Vaccination in Burma 1912-1922 - 1912-1922
Year: 1912
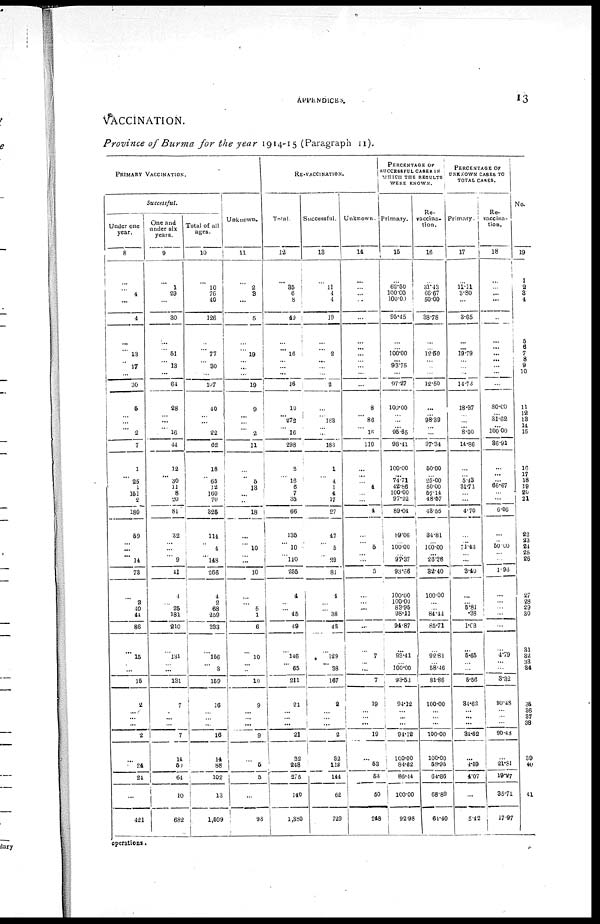
APPENDICES.
13
VACCINATION.
Province of Burma for the year 1914-15 (Paragraph 11).
PRIMARY VACCINATION.
Successful.
Under one
year.
8
...
...
4
...
4
...
...
13
...
17
...
30
5
...
...
...
2
7
1
...
...
1
151
2
180
59
... ...
...
14
73
...
2
10
41
86
...
15
...
...
15
2
...
...
...
2
...
24
24
...
421
One and
under six
years.
9
...
1
29
...
30
...
...
51
... 13
...
64
28
... ...
...
16
44
12
... 30
11
8
20
81
32
... ...
...
9
41
4
...
25
181
210
...
131
... ...
131
7
... ...
...
7
14
50
64
10
682
Total of all
ages.
10
...
10
76
40
126
...
...
77
...
30
...
107
40
... ...
...
22
62
18
.. 65
12
160
70
325
114
...
4
... 148
266
4
2
68
259
333
...
156
...
3
159
16
...
... ...
16
14
88
102
13
1,509
Unknown.
11
...
2
3
...
5
...
...
19
...
...
...
19
9
...
...
...
2
11
...
...
...
13
...
...
18
...
...
10
... ...
10
...
...
5
1
6
...
10
...
...
10
9
... ...
...
9
...
5
5
...
93
RE-VACCINATION.
Total
12
...
35
6
8
49
...
... 16
...
...
...
16
10
... 272
...
16
298
3
...
16
6
7
35
66
135
...
10
... 110
255
4
...
...
45
49
...
146
...
65
211
21
...
... ...
21
32
243
275
140
1,380
Successful.
13
...
11
4
4
19
...
... 2
...
...
...
2
...
... 183
...
...
188
1
...
...
1
4
17
27
47
...
5
...
29
81
4
...
...
38
42
...
129
...
38
167
2
...
...
...
2
32
112
144
62
729
Unknown.
14
...
...
...
...
...
...
...
...
... ...
...
...
8
... 86
...
16
110
...
...
...
4
...
...
4
...
...
5
...
...
5
...
... ...
...
...
...
7
...
...
7
19
...
...
...
19
...
53
53
50
248
PERCENTAGE OF
SUCCESSFUL CASES IN
WHI CH
THE RESULTS
WERE KNOWN.
Primary.
15
...
62.50
100.00
100.00
95.45
...
... 100.00
...
93.75
...
97.27
100.00
... ...
... 95.65
98.41
100.00
...
74.71
42.86
100.00
97.22
89.04
89.06
...
100.00
... 97.37
93.66
100.00
100.00
83.95
98.11
94.87
...
93.41
...
100.00
93.53
94.12
... ...
...
94.12
100.00
84.62
86.14
100.00
92.98
Re-
vaccina-
tion.
16
...
31.43
66.67
50.00
38.78
...
... 12.50
...
...
...
12.50
...
... 98.39
...
...
97.34
50.00
... 25.00
50.00
57.14
48.57
43.55
34.81
...
100.00
... 26.36
82.40
100.00
...
... 84.44
85.71
...
92.81
... 58.46
81.86
100.00
...
... ...
100.00
100.00
58.95
64.86
68.89
64.40
PERCENTAGE OF
UNKNOWN CASES TO
TOTAL CASES.
Primary.
17
...
11.11
3.80
...
3.65
...
...
19.79
...
... ...
14.73
18.87
...
... ... 8.00
14.86
...
... 5.43
31.71
...
...
4.70
...
... 71.43
... ...
3.40
...
... 5.81
.38
1.68
...
5.65
...
...
5.56
84.62
...
...
...
84.62
...
4.59
4.07
...
5.42
Re-
vaccina-
tion.
18
...
...
... ...
...
...
...
... ...
... ...
...
80.00
...
31.62
...
100.00
86.91
...
...
... 66.67
...
...
6.06
...
... 50.00
... ...
1.96
...
...
...
...
...
...
4.79
...
...
3.32
90.48
...
...
...
90.48
...
21.81
19.27
35.71
17.97
No.
19
1
2
3
4
5
6
7
8
9
10
...
11
12
13
14
15
16
17
18
19
20
21
22
23
24
25
26
27
28
29
30
31
32
33
34
35
36
37
38
39
40
41
operations.